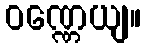
ဝဏ္ဏေယျ။